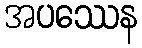
အပဿေန